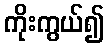
ကိုးကွယ်၍